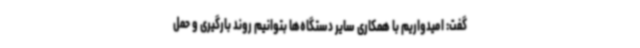
گفت: امیدواریم با همکاری سایر دستگاه‌ها بتوانیم روند بارگیری و حمل